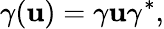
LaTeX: \gamma(\mathbf{u})=\gamma\mathbf{u}\gamma^{*},